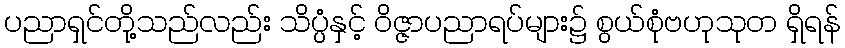
ပညာရှင်တို့သည်လည်း သိပ္ပံနှင့် ဝိဇ္ဇာပညာရပ်များ၌ စွယ်စုံဗဟုသုတ ရှိရန်